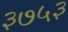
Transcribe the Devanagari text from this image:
३७५३